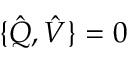
\{ \hat { Q } , \hat { V } \} = 0